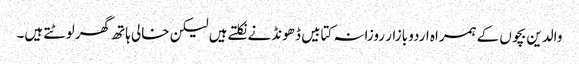
والدین بچوں کے ہمراہ اردو بازار روزانہ کتابیں ڈھونڈنے نکلتے ہیں لیکن خالی ہاتھ گھر لوٹتے ہیں۔